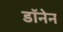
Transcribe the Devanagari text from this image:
डॉनेन